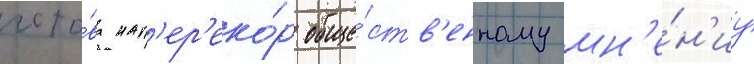
гото́ва нап'ер'еко́р обще́ств'енному мн'е́н'иу